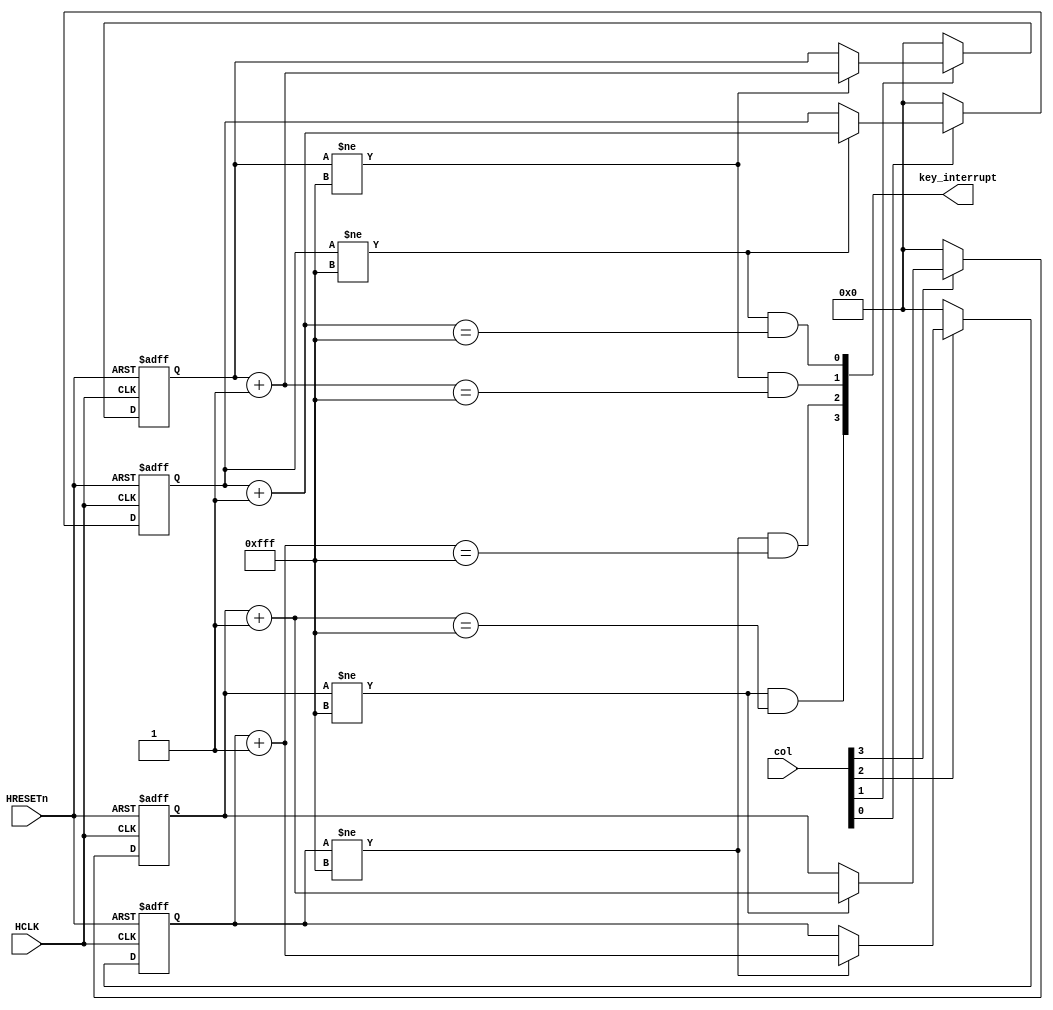
// This program was cloned from: https://github.com/flyjancy/CortexM0_SoC_Task
// License: MIT License

module Keyboard(
    input       HCLK,
    input       HRESETn,
    input   [3:0]   col,
    output  wire    [3:0] key_interrupt
);


reg [11:0]  sreg0;
wire    [11:0]  sreg0_nxt;

reg [11:0]  sreg1;
wire    [11:0]  sreg1_nxt;

reg [11:0]  sreg2;
wire    [11:0]  sreg2_nxt;

reg [11:0]  sreg3;
wire    [11:0]  sreg3_nxt;

assign  sreg0_nxt   =   sreg0 + 1'b1;
assign  sreg1_nxt   =   sreg1 + 1'b1;
assign  sreg2_nxt   =   sreg2 + 1'b1;
assign  sreg3_nxt   =   sreg3 + 1'b1;

always@(posedge HCLK or negedge HRESETn) begin
    if(~HRESETn) begin
        sreg0   <=  12'b0;
    end else if(col[0]) begin
        if(sreg0 != 12'hfff)
           sreg0   <=  sreg0_nxt;
    end else 
        sreg0   <=  12'b0;
end

always@(posedge HCLK or negedge HRESETn) begin
    if(~HRESETn) begin
        sreg1   <=  12'b0;
    end else if(col[1]) begin
        if(sreg1 != 16'hfff)
           sreg1   <=  sreg1_nxt;
    end else 
        sreg1   <=  12'b0;
end

always@(posedge HCLK or negedge HRESETn) begin
    if(~HRESETn) begin
        sreg2   <=  12'b0;
    end else if(col[2]) begin
        if(sreg2 != 12'hfff)
           sreg2   <=  sreg2_nxt;
    end else 
        sreg2   <=  12'b0;
end

always@(posedge HCLK or negedge HRESETn) begin
    if(~HRESETn) begin
        sreg3   <=  12'b0;
    end else if(col[3]) begin
        if(sreg3 != 12'hfff)
           sreg3   <=  sreg3_nxt;
    end else 
        sreg3   <=  12'b0;
end

reg [3:0] key_reg;

assign key_interrupt[0] =   (sreg0 != 12'hfff) & (sreg0_nxt == 12'hfff);

assign key_interrupt[1] =   (sreg1 != 12'hfff) & (sreg1_nxt == 12'hfff);

assign key_interrupt[2] =   (sreg2 != 12'hfff) & (sreg2_nxt == 12'hfff);

assign key_interrupt[3] =   (sreg3 != 12'hfff) & (sreg3_nxt == 12'hfff);

endmodule